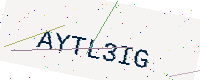
Text: AYTL3IG